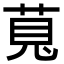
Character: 萈